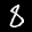
Label: 8